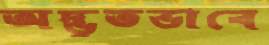
অদ্ভুতভাবে